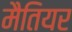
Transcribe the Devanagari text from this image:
मैतियर